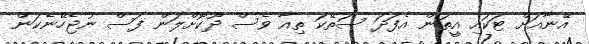
އޭނާއަށް ޓަކައި އީތަން އެފަދަ ސަތޭކަ ތިއާ ވެސް ދޫކޮށްލަން ފަސް ނުޖެހޭނެކަން